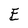
Character: E